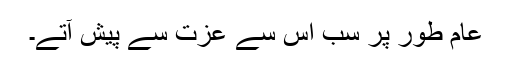
عام طور پر سب اس سے عزت سے پیش آتے۔